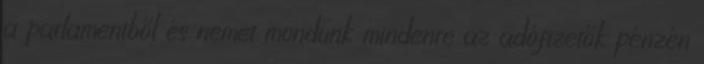
a parlamentből és nemet mondunk mindenre az adófizetők pénzén